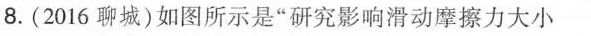
8.(2016聊城)如图所示是”研究影响滑动摩擦力大小